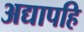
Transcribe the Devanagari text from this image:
अद्यापहि